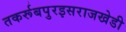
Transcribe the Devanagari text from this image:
तकर्रूबपुरइसराजखेडी